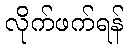
လိုက်ဖက်ရန်